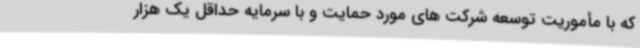
که با مأموریت توسعه شرکت های مورد حمایت و با سرمایه حداقل یک هزار